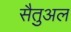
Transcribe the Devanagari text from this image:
सैतुअल